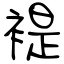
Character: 褆